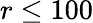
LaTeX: r\leq 100